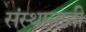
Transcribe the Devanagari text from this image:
संस्थानानी